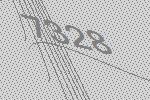
7328